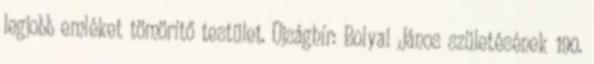
legjobb emléket tömörítő testület. Újsághír: Bolyai János születésének 190.